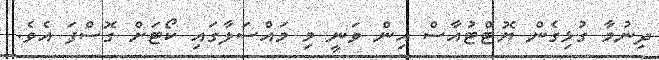
ދިނުމާ ގުޅިގެން ޔޮޓްޓުއާސް އިން ވަނީ މި މައްސަލާގައި ކޯޓަށް ގޮސްފަ އެވެ.